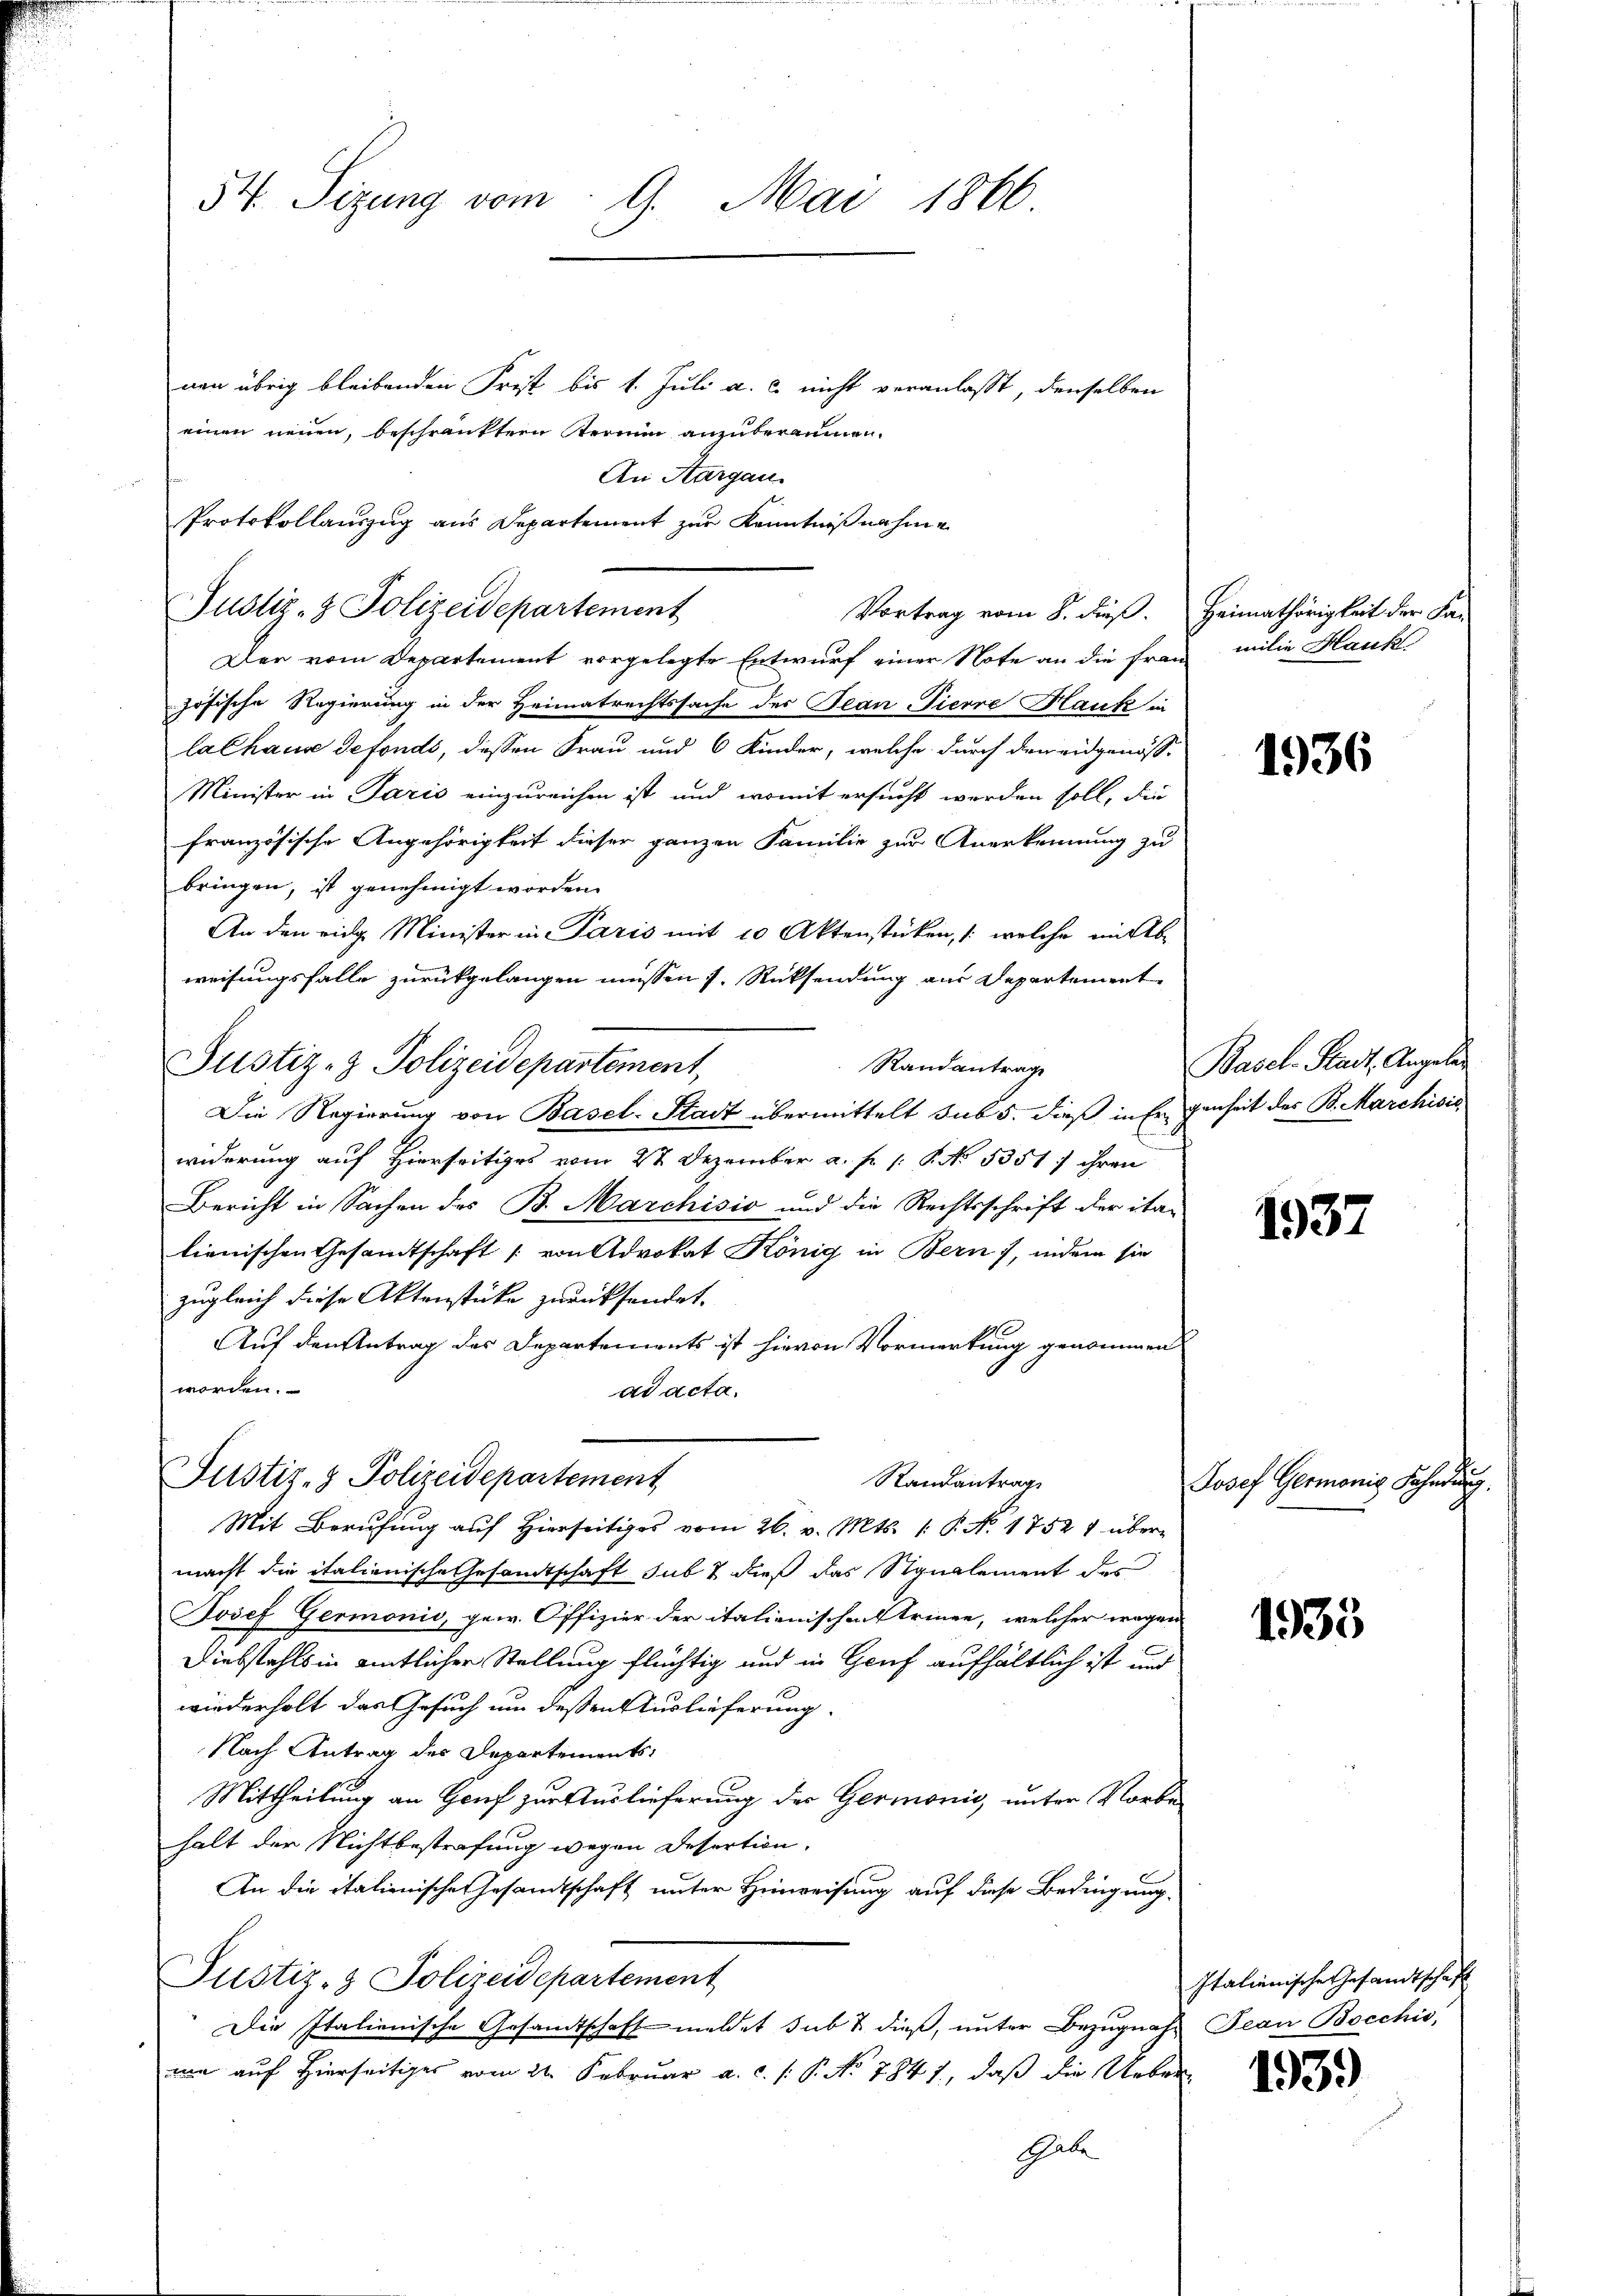
54. Sizung vom 9. Mai 1866

nen übrig bleibenden Frist bis 1. Juli a. c. nicht veranlasst, denselben
einen neuen, beschränkten Termin anzuberaumen.
Der vom Departement vorgelegte Entwurf einer Note an die französische Regierung in der Heimatrechtssache des Tean-Pierre Haufe in
lalhause defonds, dessen Frau und 6 Kinder, welche durch den eidgenöss-
Minister in Paris einzureichen ist und womit ersucht werden soll, die
französische Angehörigkeit dieser ganzen Familie zur Anerkennung zu
bringen, ist genehmigt worden.
An den eidg. Minister in Paris mit 10 Aktenstücken, /: welche mit Ab
weisungsfalle zurückgelangen müssen s. Rücksendung aus Departement
Justiz- & Polizeidepartement,
Randantrage
Die Regierung von Basel-Stadt übermittelt sub 5. dieß in Ergenheit der B. Marchivis
widerung auf Hierseitiges vom 22. Dezember a. f. P. No. 5351) ihren
Bericht in Sachen des B. Marchisio und die Rechtsschrift der ita-
lienischen Gesandtschaft von Advokat König in Bern), indem sie
zugleich diese Aktenstücke zurücksendet.
Auf den Antrag des Departements ist hievon Vormerkung genommen
worden.
ad acta.
Justiz- & Polizeidepartement
Randantrag
Mit Berufung auf Hierseitiges vom 26. v. Mts. (: P. Nr. 1752 1 übermacht die italienische Gesandtschaft sub 7 dieß das Stanglement des
Josef Germonis, gew. Offizier der italienischen Strinen, welcher wegen
Diebstahls in amtlicher Stellung flüchtig und in Genf aufhältlich ist und
wiederholt das Gesuch um dessen Auslieferung.
Nach Antrag des Departements,
Mittheilung an Genf zur Auslieferung der Germonis, unter Vorbe-
halt der Nichtbestrafung wegen Desertion.
An die italienischen Gesandtschaft unter Heinreisung auf diese Bedingung
Justiz- & Polizeidepartement
Die Italienische Gesamtschaft meldet sub & dieß, unter Bezugnahm Jean Bocchis
mm auf Hierseitiges vom 21. Februar a. c. s. P. No 7841, daß die Ueber¬
Echale

An Aargau.
Protokollauszug aus Departement zur Kenntnißnahme
Justiz- & Polizeidepartement
Vortrag vom 8. dieß. Heimathörigkeit der Fa-

milie Hauk

1936

Basel-Stadt, Angeles

1937

Josef Germonis Fahndi

1935

1939

.

Italienische Gesandtschaft